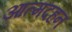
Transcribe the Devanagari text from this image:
आत्मदहन